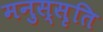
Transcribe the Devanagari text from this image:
मनुस्सृति